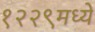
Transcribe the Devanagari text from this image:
१२२९मध्ये